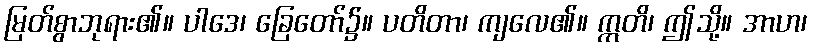
မြတ်စွာဘုရား၏။ ပါဒေ၊ ခြေတော်၌။ ပတိတာ၊ ကျလေ၏။ ဣတိ၊ ဤသို့။ အာဟ၊